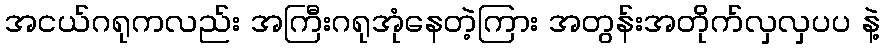
အငယ်ဂရုကလည်း အကြီးဂရုအုံနေတဲ့ကြား အတွန်းအတိုက်လှလှပပ နဲ့